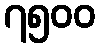
၇၅၀၀